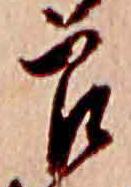
郎